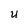
Character: U